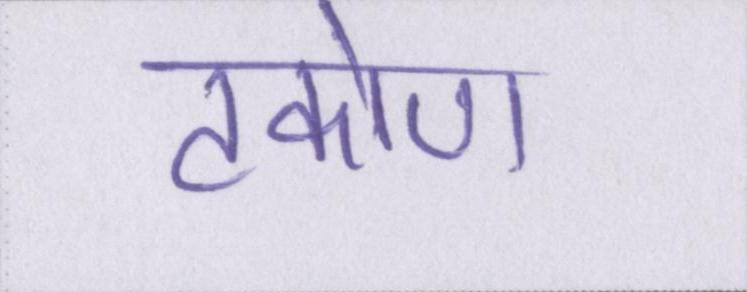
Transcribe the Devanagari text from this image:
टकोण